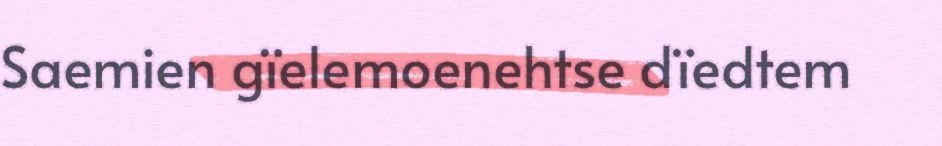
Saemien gïelemoenehtse dïedtem